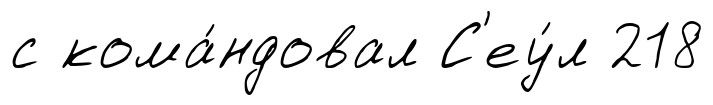
с кома́ндовал С'еу́л 218